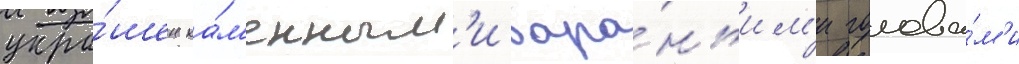
укра́шен ка́м'енным'и бара́ньим'и голова́м'и